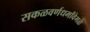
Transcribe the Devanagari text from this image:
सकळवर्णधर्मांवेगळे